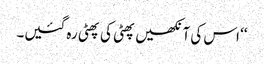
‘‘ اس کی آنکھیں پھٹی کی پھٹی رہ گئیں۔